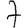
Digit: 7